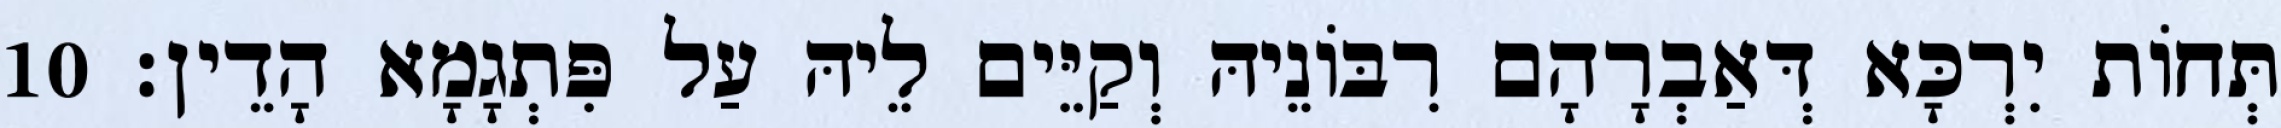
תְּחוֹת יִרְכָּא דְּאַבְרָהָם רִבּוֹנֵיהּ וְקַיֵּים לֵיהּ עַל פִּתְגָמָא הָדֵין׃ 10